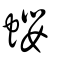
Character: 蠳